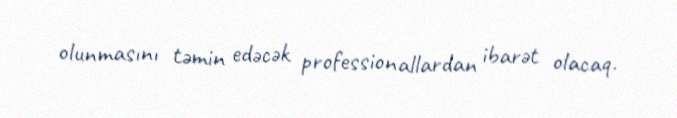
olunmasını təmin edəcək professionallardan ibarət olacaq.